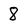
Character: 8